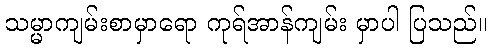
သမ္မာကျမ်းစာမှာရော ကုရ်အာန်ကျမ်း မှာပါ ပြသည်။